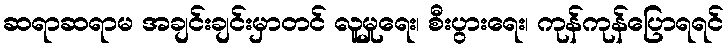
ဆရာဆရာမ အချင်းချင်းမှာတင် လူမှုရေး၊ စီးပွားရေး၊ ကုန်ကုန်ပြောရရင်